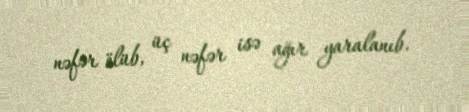
nəfər ölüb, üç nəfər isə ağır yaralanıb.